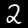
Label: 2